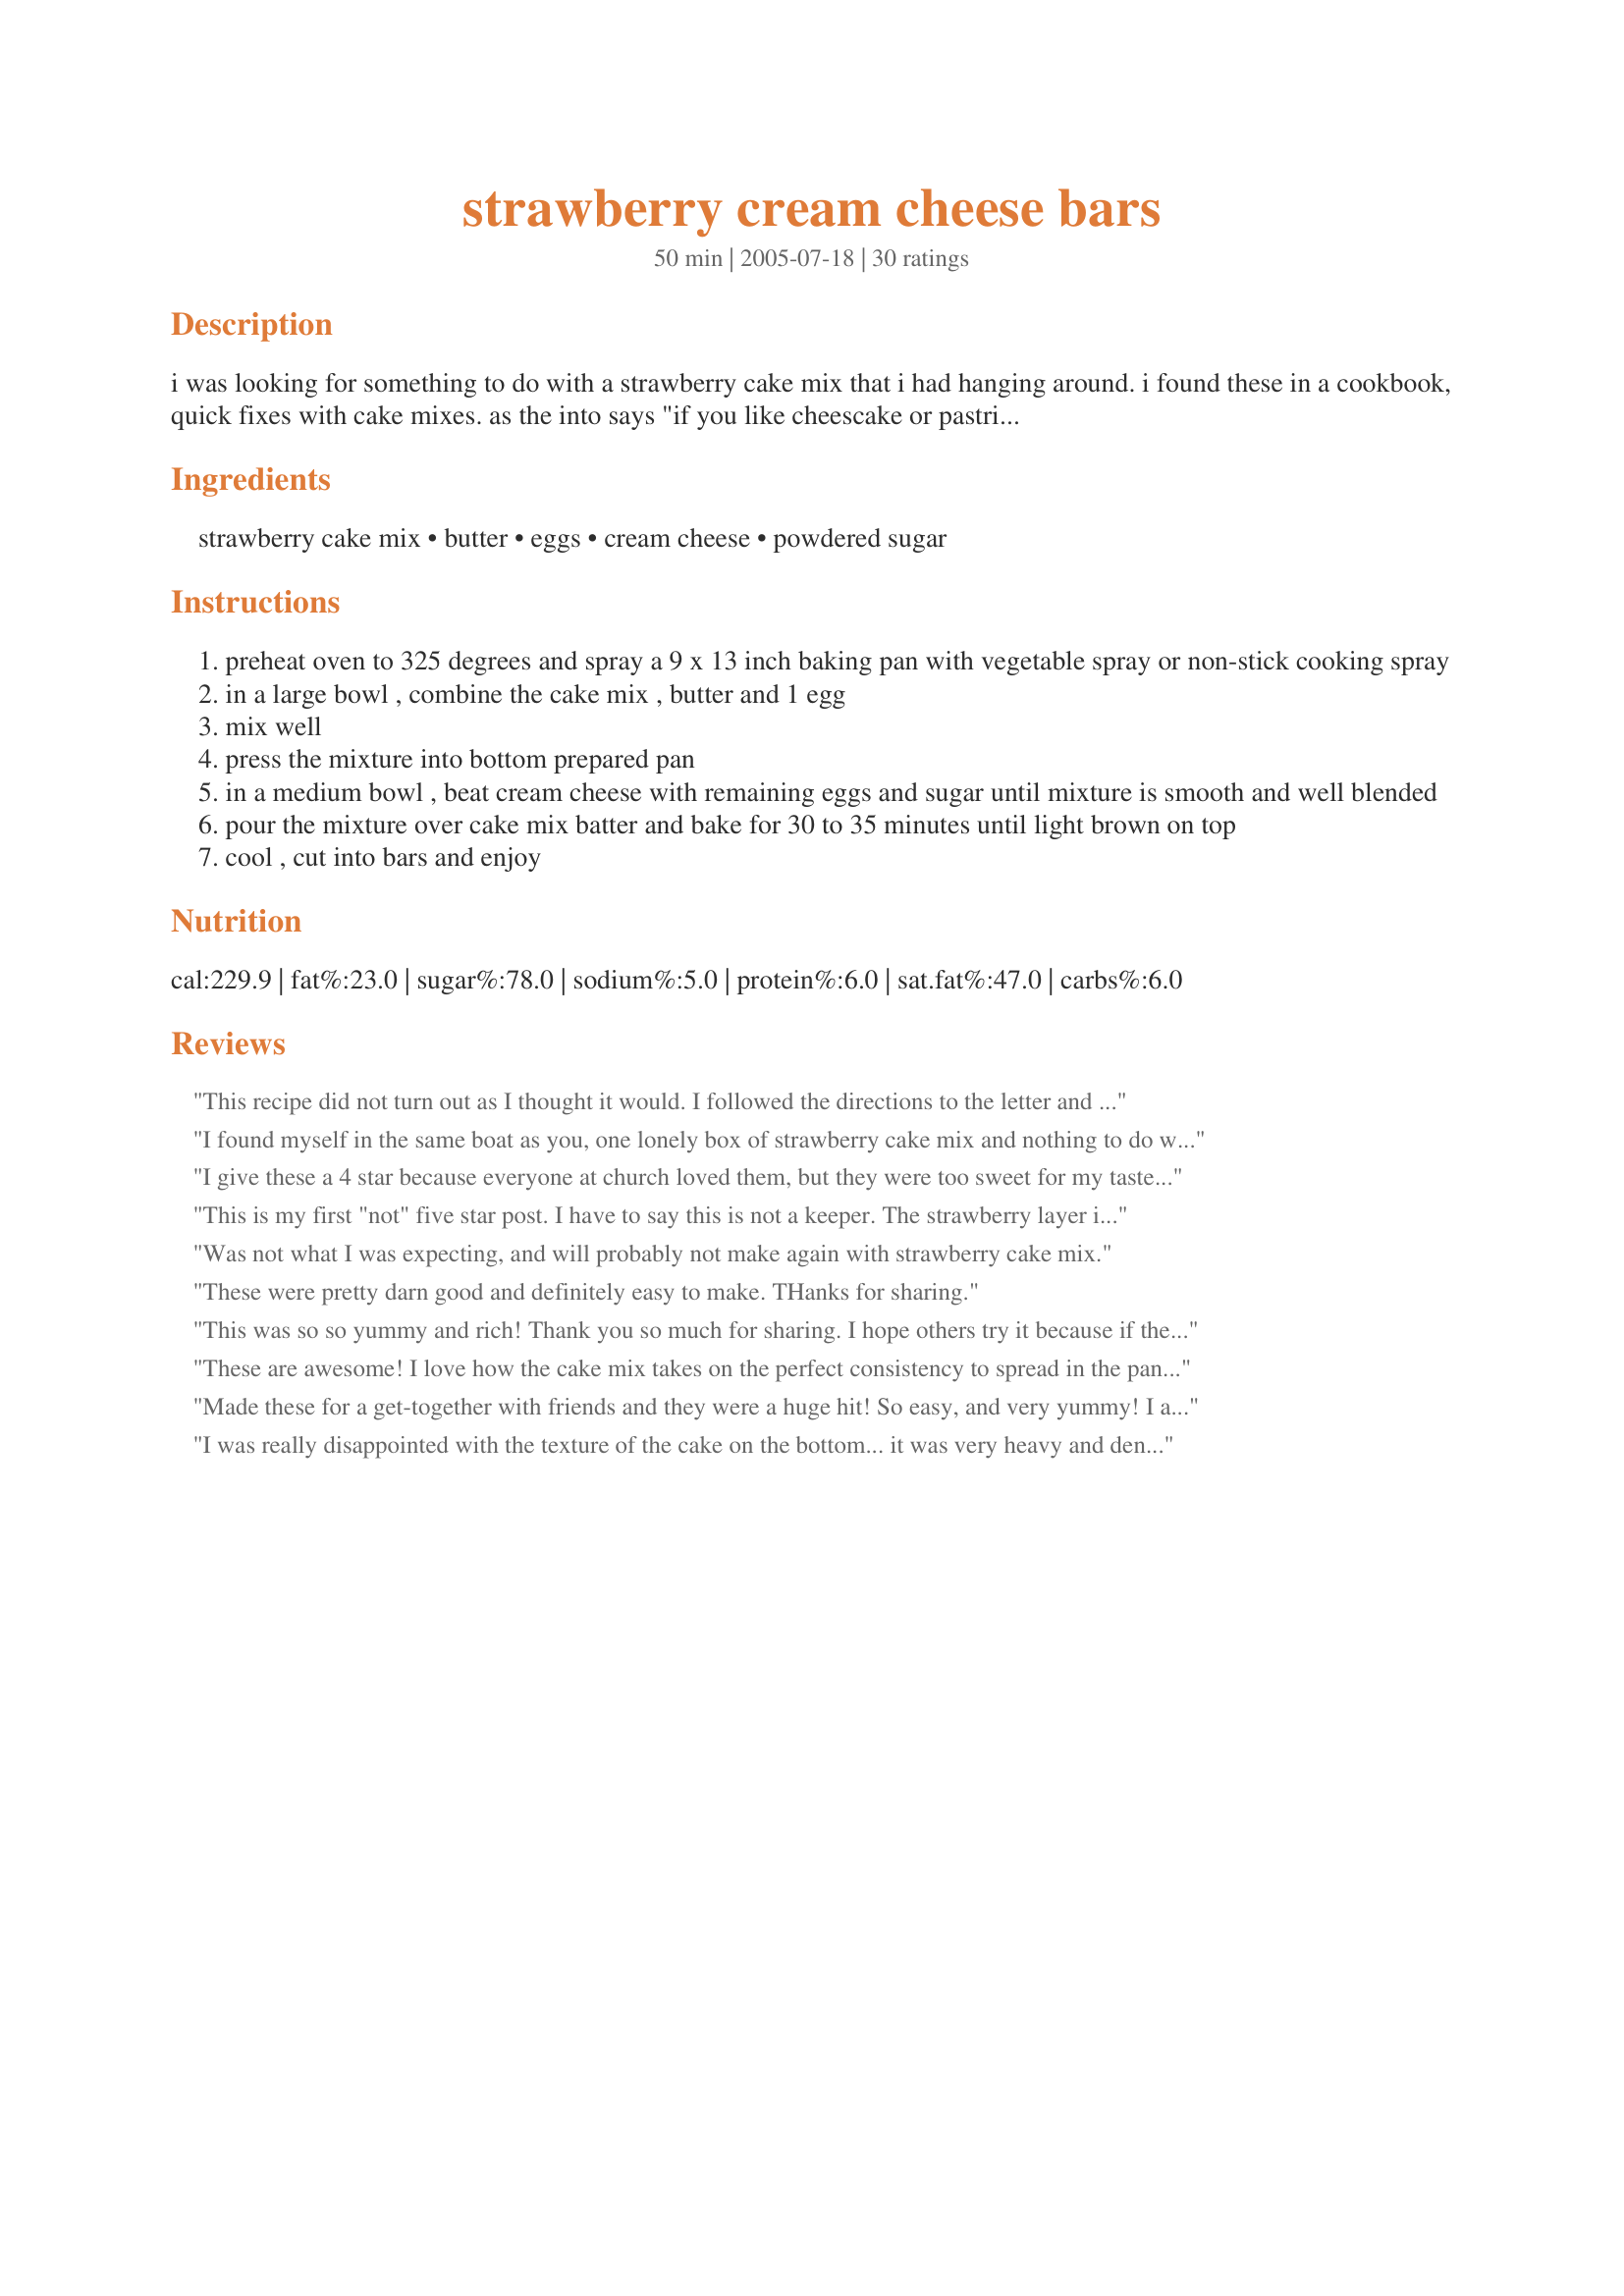
strawberry cream cheese bars
Preparation time: 50 minutes

i was looking for something to do with a strawberry cake mix that i had hanging around. i found these in a cookbook, quick fixes with cake mixes. as the into says "if you like cheescake or pastries with cheese filling, you'll really like these..."

Ingredients:
strawberry cake mix, butter, eggs, cream cheese, powdered sugar

Steps:
preheat oven to 325 degrees and spray a 9 x 13 inch baking pan with vegetable spray or non-stick cooking spray
in a large bowl , combine the cake mix , butter and 1 egg
mix well
press the mixture into bottom prepared pan
in a medium bowl , beat cream cheese with remaining eggs and sugar until mixture is smooth and well blended
pour the mixture over cake mix batter and bake for 30 to 35 minutes until light brown on top
cool , cut into bars and enjoy

Reviews:
This recipe did not turn out as I thought it would. I followed the directions to the letter and my pan did not turn out like your really great pic. :( The taste is okay but I don't feel that I would make these again. Made for the March Aussie/NZ recipe swap.
I found myself in the same boat as you, one lonely box of strawberry cake mix and nothing to do with it... I found this recipe a couple of weeks ago and just got around to whippin it up last night. I noticed some women said these were rich so I cut them in 1x2" rectangles and it is the perfect munchin size. Thanks for this great recipe i will be making this again if i find myself with another lonely cake mix... ;)
I give these a 4 star because everyone at church loved them, but they were too sweet for my tastes. The pan was empty though! Thanks.
This is my first "not" five star post. I have to say this is not a keeper. The strawberry layer is just a thick not-so-right cake. The top layer tasted like an extremely thin version of cheesecake. Alone these two layers would be terrible and together they are not much better.
Was not what I was expecting, and will probably not make again with strawberry cake mix.
These were pretty darn good and definitely easy to make. THanks for sharing.
This was so so yummy and rich! Thank you so much for sharing. I hope others try it because if they don't they are missing out. There is another recipe a lot like this but I like it with the strawberry mix better.
These are awesome! I love how the cake mix takes on the perfect consistency to spread in the pan, and the end result is simply wonderful. I'll be trying several variations on this.
Made these for a get-together with friends and they were a huge hit! So easy, and very yummy! I am eager to make them again!
I was really disappointed with the texture of the cake on the bottom... it was very heavy and dense. When the description read "like pastries" my mind immediately went to a strawberry danish-type dessert... which it is not. I won't make this again.
Loved these, so easy and good. Thanks for a great recipe.
Wow! I was really psyched to make these yesterday, so I walk to the store and - as is my usual luck - they have absolutely no strawberry cake mixes. None! So, I went with what I thought would be the next best thing (because I'm stubborn, darn it!) and bought a lemon cake mix.Ooh-la-la! Very tasty! Rave reviews from the MEP clan. Try it sometime....
very good and rich! made for easter today. i was told i didn't need to bring anything.... so i made 3 and this was one of em. fast to throw together and cook. need a lot of extra minutes for cook time. didn't turn out as fluffy as i would of liked, but the taste made up for it. will use wayyy less sugar next time though! and as many of the other cooks suggested... different cake mixes! Thanks Paula!!
These were pretty good. I think it makes way more than 12 servings but maybe I just cut mine alot smaller. I only added a cup of sugar to the cream cheese becuase I love the taste of cream cheese and find that too much sugar overpowers it. They were still plenty sweet for me. My cream cheese layer never browned so beware that it might not. The cake mix was almostlike a cookie, pretty cool.
I read some comments and reduced sugar quite a bit, because I like things less sweet than other people. Otherwise, I tried to keep it as written. I made a full batch, but decided to use 1/4 as much sugar, after combining the cake mix with butter and the cream cheese. I tasted the batter and then added what seemed like enough sugar and the eggs. I only had a 7x11 pan, but the batter was still pretty thinly spread. The bottoms of my bars got burned.
Great bars and so easy to make. Everyone was ooing and ahhing over these. Thanks for sharing
Easy to make and tasty too! What more can you ask for?
So easy, pretty and quick to fix. I had a box of strawberry cake mix as well as some light cream cheese that needed to be used and this was a great choice. Tender strawberry cookie-like base topped with a light cream cheese layer. Didn't find these overly rich at all, just a nice cookie bar that's wonderful with a cup of coffee. Thanks, Paula, for sharing your recipe!
Everyone really enjoyed these bars and it was easy to make. I followed the recipe, but used 1.5 cups of powdered sugar instead of 2. I also wanted to cover up the bare cream cheese layer since it doesn't look the most appealing, so I crushed graham crackers and mixed with some melted butter to sprinkle on top. It is a great addition to the recipe. If you spread less cream cheese on top, I think swirling the cream cheese into the cake would look really nice too and make it less rich. This dessert is addicting!
These are soooooooooooo good. I didn't have any strawberry cake mix but I did have a box of lemon...so after reading Mep's review I decided to give it a shot...EXCELLENT!
YUMMMY!!! I made these today because I was bored and had a sweet tooth and a lonely box of strawberry cake mix in my cupboard. So easy and will definitely make again! Not too rich for me:) And mine turned out like the pic too!
Holy Yum! These bars are incredibly delicious! Thanks for an easy and great recipe.
Very rich and scrumptious! Didn't last long around my house.
This is just so easy to make... and so good!! I would have prefered the cake crust to be just a wee bit firmer, I used a cherry cake mix as that is all I had in my cupboard, these are very rich so a little piece goes a long way! thanks for a great recipe Paula!...Kitten:)
Too sweet for me, the stars are only for the ease of preparation.
I read all the pros and cons and decided to give it a try. Had to cook a bit longer, but was pleasantly surprised at the result.
Delicious! I shall try it with different cake mixes This is a keeper.
Thanks for sharing.
Very easy to make. The cake mix turns out like a thick sweet "crust" on the bottom. The picture shown is EXACTLY what they look like (fyi). Will make again. Next time I am going to try lemon cake mix and add a tablespoon of lemon juice to the cream cheese mix.....would be great with many different variations. Thanks for a great recipe that's awesome "as is" AND sparks new ideas!! :)
I thought these were very good. After reading that some thought they were rich I cut the sugar by 1/2 cup in the cream cheese mixture. I think you could cut it some more. The rich sweetness of the cake mix, I think, we are stuck with. I preferred these better at room than cold. Very easy to make. Tasty and chewy - I will make these again and will even try the lemon version as one reviewer suggested.
These were good and a nice change from the yellow cake version. I bet it would be good with fresh strawberries in it too!
I made these for a hockey team, and got mixed reviews. A few people liked them but overall they were too sweet. The cake mix bottom was too concentrated in flavor and didn't have the "homemade" taste. I will not make them again.
